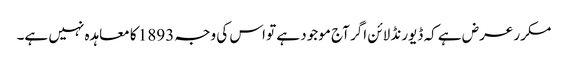
مکرر عرض ہے کہ ڈیورنڈ لائن اگر آج موجود ہے تو اس کی وجہ 1893 کا معاہدہ نہیں ہے۔